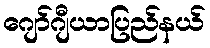
ဂျော်ဂျီယာပြည်နယ်